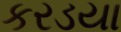
કરડયા